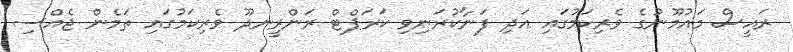
ރައީސް މައުމޫނުގެ ވެރިކަމުގައި އަދި ފަނާކުރަނިވި ކަރަޕްޓް ރަންރީނދޫ ވެރިކަމުގައި ތަމެން ޖެއްސި